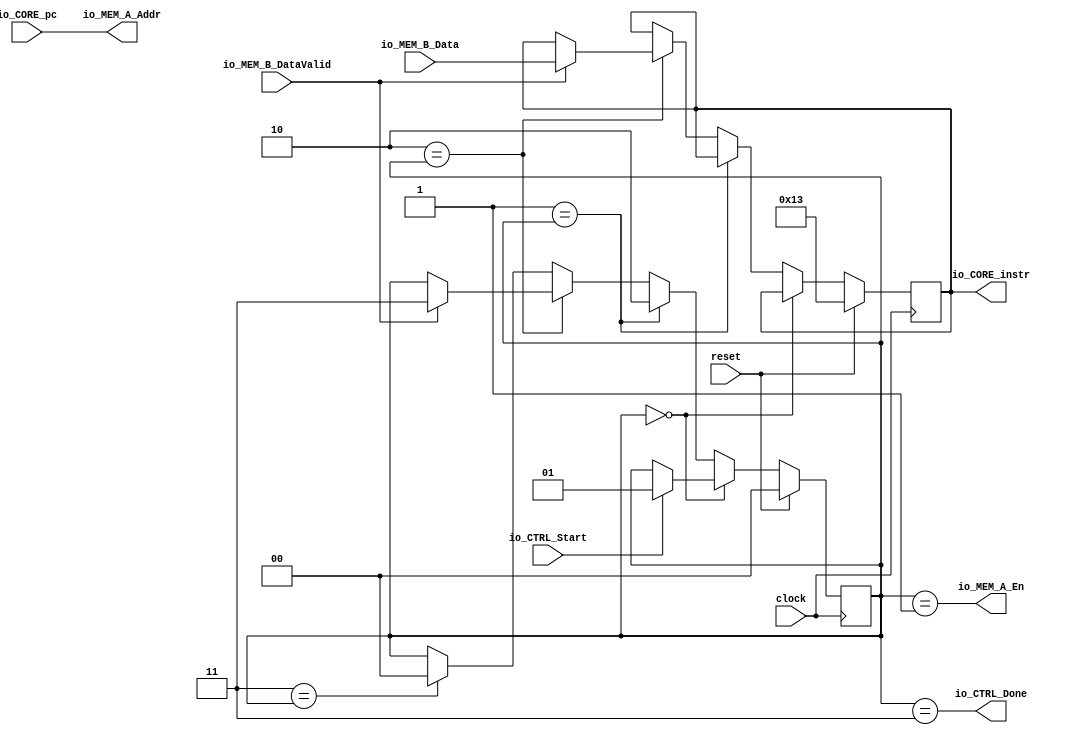
module IReadFSM(
  input         clock,
  input         reset,
  input  [31:0] io_CORE_pc,
  output [31:0] io_CORE_instr,
  output        io_MEM_A_En,
  output [31:0] io_MEM_A_Addr,
  input         io_MEM_B_DataValid,
  input  [31:0] io_MEM_B_Data,
  input         io_CTRL_Start,
  output        io_CTRL_Done
);
`ifdef RANDOMIZE_REG_INIT
  reg [31:0] _RAND_0;
  reg [31:0] _RAND_1;
`endif // RANDOMIZE_REG_INIT
  reg [1:0] stateReg; // @[mainCtrl.scala 61:25]
  reg [31:0] instrReg; // @[mainCtrl.scala 62:25]
  wire [1:0] _GEN_1 = io_MEM_B_DataValid ? 2'h3 : stateReg; // @[mainCtrl.scala 74:22 75:18 61:25]
  wire [31:0] _GEN_2 = io_MEM_B_DataValid ? io_MEM_B_Data : instrReg; // @[mainCtrl.scala 74:22 76:18 62:25]
  wire [1:0] _GEN_3 = 2'h3 == stateReg ? 2'h0 : stateReg; // @[mainCtrl.scala 64:19 80:16 61:25]
  assign io_CORE_instr = instrReg; // @[mainCtrl.scala 87:18]
  assign io_MEM_A_En = stateReg == 2'h1; // @[mainCtrl.scala 84:29]
  assign io_MEM_A_Addr = io_CORE_pc; // @[mainCtrl.scala 88:18]
  assign io_CTRL_Done = stateReg == 2'h3; // @[mainCtrl.scala 85:29]
  always @(posedge clock) begin
    if (reset) begin // @[mainCtrl.scala 61:25]
      stateReg <= 2'h0; // @[mainCtrl.scala 61:25]
    end else if (2'h0 == stateReg) begin // @[mainCtrl.scala 64:19]
      if (io_CTRL_Start) begin // @[mainCtrl.scala 66:18]
        stateReg <= 2'h1; // @[mainCtrl.scala 67:18]
      end
    end else if (2'h1 == stateReg) begin // @[mainCtrl.scala 64:19]
      stateReg <= 2'h2; // @[mainCtrl.scala 71:16]
    end else if (2'h2 == stateReg) begin // @[mainCtrl.scala 64:19]
      stateReg <= _GEN_1;
    end else begin
      stateReg <= _GEN_3;
    end
    if (reset) begin // @[mainCtrl.scala 62:25]
      instrReg <= 32'h13; // @[mainCtrl.scala 62:25]
    end else if (!(2'h0 == stateReg)) begin // @[mainCtrl.scala 64:19]
      if (!(2'h1 == stateReg)) begin // @[mainCtrl.scala 64:19]
        if (2'h2 == stateReg) begin // @[mainCtrl.scala 64:19]
          instrReg <= _GEN_2;
        end
      end
    end
  end
// Register and memory initialization
`ifdef RANDOMIZE_GARBAGE_ASSIGN
`define RANDOMIZE
`endif
`ifdef RANDOMIZE_INVALID_ASSIGN
`define RANDOMIZE
`endif
`ifdef RANDOMIZE_REG_INIT
`define RANDOMIZE
`endif
`ifdef RANDOMIZE_MEM_INIT
`define RANDOMIZE
`endif
`ifndef RANDOM
`define RANDOM $random
`endif
`ifdef RANDOMIZE_MEM_INIT
  integer initvar;
`endif
`ifndef SYNTHESIS
`ifdef FIRRTL_BEFORE_INITIAL
`FIRRTL_BEFORE_INITIAL
`endif
initial begin
  `ifdef RANDOMIZE
    `ifdef INIT_RANDOM
      `INIT_RANDOM
    `endif
    `ifndef VERILATOR
      `ifdef RANDOMIZE_DELAY
        #`RANDOMIZE_DELAY begin end
      `else
        #0.002 begin end
      `endif
    `endif
`ifdef RANDOMIZE_REG_INIT
  _RAND_0 = {1{`RANDOM}};
  stateReg = _RAND_0[1:0];
  _RAND_1 = {1{`RANDOM}};
  instrReg = _RAND_1[31:0];
`endif // RANDOMIZE_REG_INIT
  `endif // RANDOMIZE
end // initial
`ifdef FIRRTL_AFTER_INITIAL
`FIRRTL_AFTER_INITIAL
`endif
`endif // SYNTHESIS
endmodule
module DReadFSM(
  input         clock,
  input         reset,
  input  [31:0] io_CORE_Addr,
  input  [2:0]  io_CORE_Size,
  output [63:0] io_CORE_Data,
  output        io_MEM_En,
  output [31:0] io_MEM_Addr,
  output [1:0]  io_MEM_Size,
  input         io_MEM_DataValid,
  input  [63:0] io_MEM_Data,
  input         io_CTRL_Start,
  output        io_CTRL_Done
);
`ifdef RANDOMIZE_REG_INIT
  reg [31:0] _RAND_0;
  reg [63:0] _RAND_1;
`endif // RANDOMIZE_REG_INIT
  reg [1:0] stateReg; // @[mainCtrl.scala 140:25]
  reg [63:0] dataReg; // @[mainCtrl.scala 141:25]
  wire [1:0] _GEN_1 = io_MEM_DataValid ? 2'h3 : stateReg; // @[mainCtrl.scala 153:22 154:18 140:25]
  wire [63:0] _GEN_2 = io_MEM_DataValid ? io_MEM_Data : dataReg; // @[mainCtrl.scala 153:22 155:18 141:25]
  wire [1:0] _GEN_3 = 2'h3 == stateReg ? 2'h0 : stateReg; // @[mainCtrl.scala 143:19 159:16 140:25]
  wire [1:0] _GEN_10 = io_CORE_Size == 3'h3 | io_CORE_Size == 3'h6 ? 2'h2 : 2'h3; // @[mainCtrl.scala 176:54 177:17 180:17]
  wire [1:0] _GEN_11 = io_CORE_Size == 3'h2 | io_CORE_Size == 3'h5 ? 2'h1 : _GEN_10; // @[mainCtrl.scala 173:52 174:17]
  assign io_CORE_Data = dataReg; // @[mainCtrl.scala 166:16]
  assign io_MEM_En = stateReg == 2'h1; // @[mainCtrl.scala 163:29]
  assign io_MEM_Addr = io_CORE_Addr; // @[mainCtrl.scala 167:16]
  assign io_MEM_Size = io_CORE_Size == 3'h1 | io_CORE_Size == 3'h4 ? 2'h0 : _GEN_11; // @[mainCtrl.scala 170:47 171:17]
  assign io_CTRL_Done = stateReg == 2'h3; // @[mainCtrl.scala 164:29]
  always @(posedge clock) begin
    if (reset) begin // @[mainCtrl.scala 140:25]
      stateReg <= 2'h0; // @[mainCtrl.scala 140:25]
    end else if (2'h0 == stateReg) begin // @[mainCtrl.scala 143:19]
      if (io_CTRL_Start) begin // @[mainCtrl.scala 145:18]
        stateReg <= 2'h1; // @[mainCtrl.scala 146:18]
      end
    end else if (2'h1 == stateReg) begin // @[mainCtrl.scala 143:19]
      stateReg <= 2'h2; // @[mainCtrl.scala 150:16]
    end else if (2'h2 == stateReg) begin // @[mainCtrl.scala 143:19]
      stateReg <= _GEN_1;
    end else begin
      stateReg <= _GEN_3;
    end
    if (reset) begin // @[mainCtrl.scala 141:25]
      dataReg <= 64'h0; // @[mainCtrl.scala 141:25]
    end else if (!(2'h0 == stateReg)) begin // @[mainCtrl.scala 143:19]
      if (!(2'h1 == stateReg)) begin // @[mainCtrl.scala 143:19]
        if (2'h2 == stateReg) begin // @[mainCtrl.scala 143:19]
          dataReg <= _GEN_2;
        end
      end
    end
  end
// Register and memory initialization
`ifdef RANDOMIZE_GARBAGE_ASSIGN
`define RANDOMIZE
`endif
`ifdef RANDOMIZE_INVALID_ASSIGN
`define RANDOMIZE
`endif
`ifdef RANDOMIZE_REG_INIT
`define RANDOMIZE
`endif
`ifdef RANDOMIZE_MEM_INIT
`define RANDOMIZE
`endif
`ifndef RANDOM
`define RANDOM $random
`endif
`ifdef RANDOMIZE_MEM_INIT
  integer initvar;
`endif
`ifndef SYNTHESIS
`ifdef FIRRTL_BEFORE_INITIAL
`FIRRTL_BEFORE_INITIAL
`endif
initial begin
  `ifdef RANDOMIZE
    `ifdef INIT_RANDOM
      `INIT_RANDOM
    `endif
    `ifndef VERILATOR
      `ifdef RANDOMIZE_DELAY
        #`RANDOMIZE_DELAY begin end
      `else
        #0.002 begin end
      `endif
    `endif
`ifdef RANDOMIZE_REG_INIT
  _RAND_0 = {1{`RANDOM}};
  stateReg = _RAND_0[1:0];
  _RAND_1 = {2{`RANDOM}};
  dataReg = _RAND_1[63:0];
`endif // RANDOMIZE_REG_INIT
  `endif // RANDOMIZE
end // initial
`ifdef FIRRTL_AFTER_INITIAL
`FIRRTL_AFTER_INITIAL
`endif
`endif // SYNTHESIS
endmodule
module DWriteFSM(
  input         clock,
  input         reset,
  input  [31:0] io_CORE_Addr,
  input  [2:0]  io_CORE_Size,
  input  [63:0] io_CORE_Data,
  output        io_MEM_En,
  output [31:0] io_MEM_Addr,
  output [1:0]  io_MEM_Size,
  output [63:0] io_MEM_Data,
  input         io_MEM_Done,
  input         io_CTRL_Start,
  output        io_CTRL_Done
);
`ifdef RANDOMIZE_REG_INIT
  reg [31:0] _RAND_0;
`endif // RANDOMIZE_REG_INIT
  reg [1:0] stateReg; // @[mainCtrl.scala 236:25]
  wire [1:0] _GEN_1 = io_MEM_Done ? 2'h3 : stateReg; // @[mainCtrl.scala 248:17 249:18 236:25]
  wire [1:0] _GEN_2 = 2'h3 == stateReg ? 2'h0 : stateReg; // @[mainCtrl.scala 238:19 253:16 236:25]
  wire [2:0] _GEN_6 = io_CORE_Size == 3'h3 ? 3'h3 : 3'h4; // @[mainCtrl.scala 270:31 271:17 274:17]
  wire [2:0] _GEN_7 = io_CORE_Size == 3'h2 ? 3'h1 : _GEN_6; // @[mainCtrl.scala 267:30 268:17]
  wire [2:0] _GEN_8 = io_CORE_Size == 3'h1 ? 3'h0 : _GEN_7; // @[mainCtrl.scala 264:25 265:17]
  assign io_MEM_En = stateReg == 2'h1; // @[mainCtrl.scala 257:29]
  assign io_MEM_Addr = io_CORE_Addr; // @[mainCtrl.scala 259:16]
  assign io_MEM_Size = _GEN_8[1:0];
  assign io_MEM_Data = io_CORE_Data; // @[mainCtrl.scala 260:16]
  assign io_CTRL_Done = stateReg == 2'h3; // @[mainCtrl.scala 258:29]
  always @(posedge clock) begin
    if (reset) begin // @[mainCtrl.scala 236:25]
      stateReg <= 2'h0; // @[mainCtrl.scala 236:25]
    end else if (2'h0 == stateReg) begin // @[mainCtrl.scala 238:19]
      if (io_CTRL_Start) begin // @[mainCtrl.scala 240:18]
        stateReg <= 2'h1; // @[mainCtrl.scala 241:18]
      end
    end else if (2'h1 == stateReg) begin // @[mainCtrl.scala 238:19]
      stateReg <= 2'h2; // @[mainCtrl.scala 245:16]
    end else if (2'h2 == stateReg) begin // @[mainCtrl.scala 238:19]
      stateReg <= _GEN_1;
    end else begin
      stateReg <= _GEN_2;
    end
  end
// Register and memory initialization
`ifdef RANDOMIZE_GARBAGE_ASSIGN
`define RANDOMIZE
`endif
`ifdef RANDOMIZE_INVALID_ASSIGN
`define RANDOMIZE
`endif
`ifdef RANDOMIZE_REG_INIT
`define RANDOMIZE
`endif
`ifdef RANDOMIZE_MEM_INIT
`define RANDOMIZE
`endif
`ifndef RANDOM
`define RANDOM $random
`endif
`ifdef RANDOMIZE_MEM_INIT
  integer initvar;
`endif
`ifndef SYNTHESIS
`ifdef FIRRTL_BEFORE_INITIAL
`FIRRTL_BEFORE_INITIAL
`endif
initial begin
  `ifdef RANDOMIZE
    `ifdef INIT_RANDOM
      `INIT_RANDOM
    `endif
    `ifndef VERILATOR
      `ifdef RANDOMIZE_DELAY
        #`RANDOMIZE_DELAY begin end
      `else
        #0.002 begin end
      `endif
    `endif
`ifdef RANDOMIZE_REG_INIT
  _RAND_0 = {1{`RANDOM}};
  stateReg = _RAND_0[1:0];
`endif // RANDOMIZE_REG_INIT
  `endif // RANDOMIZE
end // initial
`ifdef FIRRTL_AFTER_INITIAL
`FIRRTL_AFTER_INITIAL
`endif
`endif // SYNTHESIS
endmodule
module HazardCheck(
  input        io_IDStage_Rs1En,
  input        io_IDStage_Rs2En,
  input  [4:0] io_IDStage_Rs1,
  input  [4:0] io_IDStage_Rs2,
  input        io_IDStage_jumpEn,
  input        io_EXStage_En,
  input  [4:0] io_EXStage_Rd,
  input        io_MEMStage_En,
  input  [4:0] io_MEMStage_Rd,
  input  [1:0] io_MEMStage_Src,
  output       io_CTRL_HazardEn_EXID,
  output       io_CTRL_HazardEn_MEMID,
  output       io_CTRL_HazardEn_JUMP
);
  wire  _T_5 = io_IDStage_Rs2En & io_IDStage_Rs2 == io_EXStage_Rd; // @[mainCtrl.scala 337:32]
  wire  _GEN_1 = io_IDStage_Rs1En & io_IDStage_Rs1 == io_EXStage_Rd | _T_5; // @[mainCtrl.scala 334:63 335:21]
  wire  _T_13 = io_MEMStage_En & io_IDStage_Rs2 == io_MEMStage_Rd; // @[mainCtrl.scala 348:30]
  wire  _GEN_4 = io_IDStage_Rs1En & io_IDStage_Rs1 == io_MEMStage_Rd | _T_13; // @[mainCtrl.scala 345:64 346:22]
  assign io_CTRL_HazardEn_EXID = io_EXStage_En & io_EXStage_Rd != 5'h0 & _GEN_1; // @[mainCtrl.scala 333:47]
  assign io_CTRL_HazardEn_MEMID = io_MEMStage_En & io_MEMStage_Rd != 5'h0 & io_MEMStage_Src == 2'h2 & _GEN_4; // @[mainCtrl.scala 344:79]
  assign io_CTRL_HazardEn_JUMP = io_IDStage_jumpEn; // @[mainCtrl.scala 358:26]
endmodule
module MainCtrlFSM(
  input   clock,
  input   reset,
  input   io_CORE_A_REn,
  input   io_CORE_A_WEn,
  output  io_CORE_B_HoldPC,
  output  io_CORE_B_HoldIFID,
  output  io_CORE_B_HoldIDEX,
  output  io_CORE_B_HoldEXMEM,
  output  io_CORE_B_HoldMEMWB,
  output  io_CORE_B_FlushIFID,
  output  io_CORE_B_FLUSHIDEX,
  output  io_IREAD_Start,
  input   io_IREAD_Done,
  output  io_DREAD_Start,
  input   io_DREAD_Done,
  output  io_DWRITE_Start,
  input   io_DWRITE_Done,
  input   io_HazardCheck_HazardEn_EXID,
  input   io_HazardCheck_HazardEn_MEMID,
  input   io_HazardCheck_HazardEn_JUMP
);
`ifdef RANDOMIZE_REG_INIT
  reg [31:0] _RAND_0;
`endif // RANDOMIZE_REG_INIT
  reg [3:0] stateReg; // @[mainCtrl.scala 403:25]
  wire [3:0] _GEN_0 = io_CORE_A_WEn ? 4'h5 : 4'h7; // @[mainCtrl.scala 411:{34,45} 412:45]
  wire [3:0] _GEN_1 = io_CORE_A_REn ? 4'h3 : _GEN_0; // @[mainCtrl.scala 410:{34,45}]
  wire [3:0] _GEN_2 = io_IREAD_Done ? _GEN_1 : stateReg; // @[mainCtrl.scala 403:25 409:26]
  wire [3:0] _GEN_3 = io_DREAD_Done ? 4'h7 : stateReg; // @[mainCtrl.scala 403:25 418:{26,37}]
  wire [3:0] _GEN_4 = io_DWRITE_Done ? 4'h7 : stateReg; // @[mainCtrl.scala 403:25 423:{27,37}]
  wire [3:0] _GEN_5 = io_HazardCheck_HazardEn_JUMP ? 4'ha : 4'hb; // @[mainCtrl.scala 429:{48,59} 430:59]
  wire [3:0] _GEN_6 = io_HazardCheck_HazardEn_MEMID ? 4'h9 : _GEN_5; // @[mainCtrl.scala 428:{48,59}]
  wire [3:0] _GEN_7 = io_HazardCheck_HazardEn_EXID ? 4'h8 : _GEN_6; // @[mainCtrl.scala 427:{48,59}]
  wire [3:0] _GEN_8 = 4'hb == stateReg ? 4'h1 : stateReg; // @[mainCtrl.scala 404:19 403:25 435:34]
  wire [3:0] _GEN_9 = 4'ha == stateReg ? 4'h1 : _GEN_8; // @[mainCtrl.scala 404:19 434:34]
  wire [3:0] _GEN_10 = 4'h9 == stateReg ? 4'h1 : _GEN_9; // @[mainCtrl.scala 404:19 433:34]
  wire [3:0] _GEN_11 = 4'h8 == stateReg ? 4'h1 : _GEN_10; // @[mainCtrl.scala 404:19 432:34]
  wire [3:0] _GEN_12 = 4'h7 == stateReg ? _GEN_7 : _GEN_11; // @[mainCtrl.scala 404:19]
  wire [3:0] _GEN_13 = 4'h6 == stateReg ? _GEN_4 : _GEN_12; // @[mainCtrl.scala 404:19]
  wire [3:0] _GEN_14 = 4'h5 == stateReg ? 4'h6 : _GEN_13; // @[mainCtrl.scala 404:19 421:28]
  wire [3:0] _GEN_15 = 4'h4 == stateReg ? _GEN_3 : _GEN_14; // @[mainCtrl.scala 404:19]
  wire [3:0] _GEN_16 = 4'h3 == stateReg ? 4'h4 : _GEN_15; // @[mainCtrl.scala 404:19 416:28]
  wire  _T_13 = stateReg == 4'h9; // @[mainCtrl.scala 457:22]
  wire  _T_14 = stateReg == 4'ha; // @[mainCtrl.scala 463:22]
  wire  _GEN_20 = stateReg == 4'hb ? 1'h0 : 1'h1; // @[mainCtrl.scala 471:39 472:15]
  wire  _GEN_21 = stateReg == 4'ha ? 1'h0 : _GEN_20; // @[mainCtrl.scala 463:39 464:15]
  wire  _GEN_23 = stateReg == 4'h9 ? 1'h0 : _GEN_21; // @[mainCtrl.scala 457:40 458:15]
  wire  _GEN_25 = stateReg == 4'h9 | _GEN_21; // @[mainCtrl.scala 457:40]
  wire  _GEN_26 = stateReg == 4'h9 ? 1'h0 : _T_14; // @[mainCtrl.scala 457:40]
  assign io_CORE_B_HoldPC = stateReg == 4'h8 | _GEN_25; // @[mainCtrl.scala 451:34]
  assign io_CORE_B_HoldIFID = stateReg == 4'h8 | _GEN_25; // @[mainCtrl.scala 451:34]
  assign io_CORE_B_HoldIDEX = stateReg == 4'h8 ? 1'h0 : _GEN_23; // @[mainCtrl.scala 451:34 452:15]
  assign io_CORE_B_HoldEXMEM = stateReg == 4'h8 ? 1'h0 : _GEN_23; // @[mainCtrl.scala 451:34 452:15]
  assign io_CORE_B_HoldMEMWB = stateReg == 4'h8 ? 1'h0 : _GEN_23; // @[mainCtrl.scala 451:34 452:15]
  assign io_CORE_B_FlushIFID = stateReg == 4'h8 ? 1'h0 : _GEN_26; // @[mainCtrl.scala 451:34]
  assign io_CORE_B_FLUSHIDEX = stateReg == 4'h8 | _T_13; // @[mainCtrl.scala 451:34 455:15]
  assign io_IREAD_Start = stateReg == 4'h1; // @[mainCtrl.scala 439:32]
  assign io_DREAD_Start = stateReg == 4'h3; // @[mainCtrl.scala 440:32]
  assign io_DWRITE_Start = stateReg == 4'h5; // @[mainCtrl.scala 441:32]
  always @(posedge clock) begin
    if (reset) begin // @[mainCtrl.scala 403:25]
      stateReg <= 4'h0; // @[mainCtrl.scala 403:25]
    end else if (4'h0 == stateReg) begin // @[mainCtrl.scala 404:19]
      stateReg <= 4'h1; // @[mainCtrl.scala 405:28]
    end else if (4'h1 == stateReg) begin // @[mainCtrl.scala 404:19]
      stateReg <= 4'h2; // @[mainCtrl.scala 407:28]
    end else if (4'h2 == stateReg) begin // @[mainCtrl.scala 404:19]
      stateReg <= _GEN_2;
    end else begin
      stateReg <= _GEN_16;
    end
  end
// Register and memory initialization
`ifdef RANDOMIZE_GARBAGE_ASSIGN
`define RANDOMIZE
`endif
`ifdef RANDOMIZE_INVALID_ASSIGN
`define RANDOMIZE
`endif
`ifdef RANDOMIZE_REG_INIT
`define RANDOMIZE
`endif
`ifdef RANDOMIZE_MEM_INIT
`define RANDOMIZE
`endif
`ifndef RANDOM
`define RANDOM $random
`endif
`ifdef RANDOMIZE_MEM_INIT
  integer initvar;
`endif
`ifndef SYNTHESIS
`ifdef FIRRTL_BEFORE_INITIAL
`FIRRTL_BEFORE_INITIAL
`endif
initial begin
  `ifdef RANDOMIZE
    `ifdef INIT_RANDOM
      `INIT_RANDOM
    `endif
    `ifndef VERILATOR
      `ifdef RANDOMIZE_DELAY
        #`RANDOMIZE_DELAY begin end
      `else
        #0.002 begin end
      `endif
    `endif
`ifdef RANDOMIZE_REG_INIT
  _RAND_0 = {1{`RANDOM}};
  stateReg = _RAND_0[3:0];
`endif // RANDOMIZE_REG_INIT
  `endif // RANDOMIZE
end // initial
`ifdef FIRRTL_AFTER_INITIAL
`FIRRTL_AFTER_INITIAL
`endif
`endif // SYNTHESIS
endmodule
module CoreCtrl(
  input         clock,
  input         reset,
  input  [31:0] io_CORE_A_IREAD_pc,
  output [31:0] io_CORE_A_IREAD_instr,
  input  [31:0] io_CORE_A_DREAD_Addr,
  input  [2:0]  io_CORE_A_DREAD_Size,
  output [63:0] io_CORE_A_DREAD_Data,
  input  [31:0] io_CORE_A_DWRITE_Addr,
  input  [2:0]  io_CORE_A_DWRITE_Size,
  input  [63:0] io_CORE_A_DWRITE_Data,
  input         io_CORE_A_WRCTRL_REn,
  input         io_CORE_A_WRCTRL_WEn,
  input         io_CORE_B_IDStage_Rs1En,
  input         io_CORE_B_IDStage_Rs2En,
  input  [4:0]  io_CORE_B_IDStage_Rs1,
  input  [4:0]  io_CORE_B_IDStage_Rs2,
  input         io_CORE_B_IDStage_jumpEn,
  input         io_CORE_B_EXStage_En,
  input  [4:0]  io_CORE_B_EXStage_Rd,
  input         io_CORE_B_MEMStage_En,
  input  [4:0]  io_CORE_B_MEMStage_Rd,
  input  [1:0]  io_CORE_B_MEMStage_Src,
  output        io_CORE_B_CORECTRL_HoldPC,
  output        io_CORE_B_CORECTRL_HoldIFID,
  output        io_CORE_B_CORECTRL_HoldIDEX,
  output        io_CORE_B_CORECTRL_HoldEXMEM,
  output        io_CORE_B_CORECTRL_HoldMEMWB,
  output        io_CORE_B_CORECTRL_FlushIFID,
  output        io_CORE_B_CORECTRL_FLUSHIDEX,
  output        io_MEM_IREAD_A_En,
  output [31:0] io_MEM_IREAD_A_Addr,
  output [1:0]  io_MEM_IREAD_A_Size,
  input         io_MEM_IREAD_B_DataValid,
  input  [31:0] io_MEM_IREAD_B_Data,
  output        io_MEM_DREAD_En,
  output [31:0] io_MEM_DREAD_Addr,
  output [1:0]  io_MEM_DREAD_Size,
  input         io_MEM_DREAD_DataValid,
  input  [63:0] io_MEM_DREAD_Data,
  output        io_MEM_DWRITE_En,
  output [31:0] io_MEM_DWRITE_Addr,
  output [1:0]  io_MEM_DWRITE_Size,
  output [63:0] io_MEM_DWRITE_Data,
  input         io_MEM_DWRITE_Done
);
  wire  IREAD_clock; // @[mainCtrl.scala 536:24]
  wire  IREAD_reset; // @[mainCtrl.scala 536:24]
  wire [31:0] IREAD_io_CORE_pc; // @[mainCtrl.scala 536:24]
  wire [31:0] IREAD_io_CORE_instr; // @[mainCtrl.scala 536:24]
  wire  IREAD_io_MEM_A_En; // @[mainCtrl.scala 536:24]
  wire [31:0] IREAD_io_MEM_A_Addr; // @[mainCtrl.scala 536:24]
  wire  IREAD_io_MEM_B_DataValid; // @[mainCtrl.scala 536:24]
  wire [31:0] IREAD_io_MEM_B_Data; // @[mainCtrl.scala 536:24]
  wire  IREAD_io_CTRL_Start; // @[mainCtrl.scala 536:24]
  wire  IREAD_io_CTRL_Done; // @[mainCtrl.scala 536:24]
  wire  DREAD_clock; // @[mainCtrl.scala 537:24]
  wire  DREAD_reset; // @[mainCtrl.scala 537:24]
  wire [31:0] DREAD_io_CORE_Addr; // @[mainCtrl.scala 537:24]
  wire [2:0] DREAD_io_CORE_Size; // @[mainCtrl.scala 537:24]
  wire [63:0] DREAD_io_CORE_Data; // @[mainCtrl.scala 537:24]
  wire  DREAD_io_MEM_En; // @[mainCtrl.scala 537:24]
  wire [31:0] DREAD_io_MEM_Addr; // @[mainCtrl.scala 537:24]
  wire [1:0] DREAD_io_MEM_Size; // @[mainCtrl.scala 537:24]
  wire  DREAD_io_MEM_DataValid; // @[mainCtrl.scala 537:24]
  wire [63:0] DREAD_io_MEM_Data; // @[mainCtrl.scala 537:24]
  wire  DREAD_io_CTRL_Start; // @[mainCtrl.scala 537:24]
  wire  DREAD_io_CTRL_Done; // @[mainCtrl.scala 537:24]
  wire  DWRITE_clock; // @[mainCtrl.scala 538:24]
  wire  DWRITE_reset; // @[mainCtrl.scala 538:24]
  wire [31:0] DWRITE_io_CORE_Addr; // @[mainCtrl.scala 538:24]
  wire [2:0] DWRITE_io_CORE_Size; // @[mainCtrl.scala 538:24]
  wire [63:0] DWRITE_io_CORE_Data; // @[mainCtrl.scala 538:24]
  wire  DWRITE_io_MEM_En; // @[mainCtrl.scala 538:24]
  wire [31:0] DWRITE_io_MEM_Addr; // @[mainCtrl.scala 538:24]
  wire [1:0] DWRITE_io_MEM_Size; // @[mainCtrl.scala 538:24]
  wire [63:0] DWRITE_io_MEM_Data; // @[mainCtrl.scala 538:24]
  wire  DWRITE_io_MEM_Done; // @[mainCtrl.scala 538:24]
  wire  DWRITE_io_CTRL_Start; // @[mainCtrl.scala 538:24]
  wire  DWRITE_io_CTRL_Done; // @[mainCtrl.scala 538:24]
  wire  HAZARD_io_IDStage_Rs1En; // @[mainCtrl.scala 539:24]
  wire  HAZARD_io_IDStage_Rs2En; // @[mainCtrl.scala 539:24]
  wire [4:0] HAZARD_io_IDStage_Rs1; // @[mainCtrl.scala 539:24]
  wire [4:0] HAZARD_io_IDStage_Rs2; // @[mainCtrl.scala 539:24]
  wire  HAZARD_io_IDStage_jumpEn; // @[mainCtrl.scala 539:24]
  wire  HAZARD_io_EXStage_En; // @[mainCtrl.scala 539:24]
  wire [4:0] HAZARD_io_EXStage_Rd; // @[mainCtrl.scala 539:24]
  wire  HAZARD_io_MEMStage_En; // @[mainCtrl.scala 539:24]
  wire [4:0] HAZARD_io_MEMStage_Rd; // @[mainCtrl.scala 539:24]
  wire [1:0] HAZARD_io_MEMStage_Src; // @[mainCtrl.scala 539:24]
  wire  HAZARD_io_CTRL_HazardEn_EXID; // @[mainCtrl.scala 539:24]
  wire  HAZARD_io_CTRL_HazardEn_MEMID; // @[mainCtrl.scala 539:24]
  wire  HAZARD_io_CTRL_HazardEn_JUMP; // @[mainCtrl.scala 539:24]
  wire  MAINCTRL_clock; // @[mainCtrl.scala 540:24]
  wire  MAINCTRL_reset; // @[mainCtrl.scala 540:24]
  wire  MAINCTRL_io_CORE_A_REn; // @[mainCtrl.scala 540:24]
  wire  MAINCTRL_io_CORE_A_WEn; // @[mainCtrl.scala 540:24]
  wire  MAINCTRL_io_CORE_B_HoldPC; // @[mainCtrl.scala 540:24]
  wire  MAINCTRL_io_CORE_B_HoldIFID; // @[mainCtrl.scala 540:24]
  wire  MAINCTRL_io_CORE_B_HoldIDEX; // @[mainCtrl.scala 540:24]
  wire  MAINCTRL_io_CORE_B_HoldEXMEM; // @[mainCtrl.scala 540:24]
  wire  MAINCTRL_io_CORE_B_HoldMEMWB; // @[mainCtrl.scala 540:24]
  wire  MAINCTRL_io_CORE_B_FlushIFID; // @[mainCtrl.scala 540:24]
  wire  MAINCTRL_io_CORE_B_FLUSHIDEX; // @[mainCtrl.scala 540:24]
  wire  MAINCTRL_io_IREAD_Start; // @[mainCtrl.scala 540:24]
  wire  MAINCTRL_io_IREAD_Done; // @[mainCtrl.scala 540:24]
  wire  MAINCTRL_io_DREAD_Start; // @[mainCtrl.scala 540:24]
  wire  MAINCTRL_io_DREAD_Done; // @[mainCtrl.scala 540:24]
  wire  MAINCTRL_io_DWRITE_Start; // @[mainCtrl.scala 540:24]
  wire  MAINCTRL_io_DWRITE_Done; // @[mainCtrl.scala 540:24]
  wire  MAINCTRL_io_HazardCheck_HazardEn_EXID; // @[mainCtrl.scala 540:24]
  wire  MAINCTRL_io_HazardCheck_HazardEn_MEMID; // @[mainCtrl.scala 540:24]
  wire  MAINCTRL_io_HazardCheck_HazardEn_JUMP; // @[mainCtrl.scala 540:24]
  IReadFSM IREAD ( // @[mainCtrl.scala 536:24]
    .clock(IREAD_clock),
    .reset(IREAD_reset),
    .io_CORE_pc(IREAD_io_CORE_pc),
    .io_CORE_instr(IREAD_io_CORE_instr),
    .io_MEM_A_En(IREAD_io_MEM_A_En),
    .io_MEM_A_Addr(IREAD_io_MEM_A_Addr),
    .io_MEM_B_DataValid(IREAD_io_MEM_B_DataValid),
    .io_MEM_B_Data(IREAD_io_MEM_B_Data),
    .io_CTRL_Start(IREAD_io_CTRL_Start),
    .io_CTRL_Done(IREAD_io_CTRL_Done)
  );
  DReadFSM DREAD ( // @[mainCtrl.scala 537:24]
    .clock(DREAD_clock),
    .reset(DREAD_reset),
    .io_CORE_Addr(DREAD_io_CORE_Addr),
    .io_CORE_Size(DREAD_io_CORE_Size),
    .io_CORE_Data(DREAD_io_CORE_Data),
    .io_MEM_En(DREAD_io_MEM_En),
    .io_MEM_Addr(DREAD_io_MEM_Addr),
    .io_MEM_Size(DREAD_io_MEM_Size),
    .io_MEM_DataValid(DREAD_io_MEM_DataValid),
    .io_MEM_Data(DREAD_io_MEM_Data),
    .io_CTRL_Start(DREAD_io_CTRL_Start),
    .io_CTRL_Done(DREAD_io_CTRL_Done)
  );
  DWriteFSM DWRITE ( // @[mainCtrl.scala 538:24]
    .clock(DWRITE_clock),
    .reset(DWRITE_reset),
    .io_CORE_Addr(DWRITE_io_CORE_Addr),
    .io_CORE_Size(DWRITE_io_CORE_Size),
    .io_CORE_Data(DWRITE_io_CORE_Data),
    .io_MEM_En(DWRITE_io_MEM_En),
    .io_MEM_Addr(DWRITE_io_MEM_Addr),
    .io_MEM_Size(DWRITE_io_MEM_Size),
    .io_MEM_Data(DWRITE_io_MEM_Data),
    .io_MEM_Done(DWRITE_io_MEM_Done),
    .io_CTRL_Start(DWRITE_io_CTRL_Start),
    .io_CTRL_Done(DWRITE_io_CTRL_Done)
  );
  HazardCheck HAZARD ( // @[mainCtrl.scala 539:24]
    .io_IDStage_Rs1En(HAZARD_io_IDStage_Rs1En),
    .io_IDStage_Rs2En(HAZARD_io_IDStage_Rs2En),
    .io_IDStage_Rs1(HAZARD_io_IDStage_Rs1),
    .io_IDStage_Rs2(HAZARD_io_IDStage_Rs2),
    .io_IDStage_jumpEn(HAZARD_io_IDStage_jumpEn),
    .io_EXStage_En(HAZARD_io_EXStage_En),
    .io_EXStage_Rd(HAZARD_io_EXStage_Rd),
    .io_MEMStage_En(HAZARD_io_MEMStage_En),
    .io_MEMStage_Rd(HAZARD_io_MEMStage_Rd),
    .io_MEMStage_Src(HAZARD_io_MEMStage_Src),
    .io_CTRL_HazardEn_EXID(HAZARD_io_CTRL_HazardEn_EXID),
    .io_CTRL_HazardEn_MEMID(HAZARD_io_CTRL_HazardEn_MEMID),
    .io_CTRL_HazardEn_JUMP(HAZARD_io_CTRL_HazardEn_JUMP)
  );
  MainCtrlFSM MAINCTRL ( // @[mainCtrl.scala 540:24]
    .clock(MAINCTRL_clock),
    .reset(MAINCTRL_reset),
    .io_CORE_A_REn(MAINCTRL_io_CORE_A_REn),
    .io_CORE_A_WEn(MAINCTRL_io_CORE_A_WEn),
    .io_CORE_B_HoldPC(MAINCTRL_io_CORE_B_HoldPC),
    .io_CORE_B_HoldIFID(MAINCTRL_io_CORE_B_HoldIFID),
    .io_CORE_B_HoldIDEX(MAINCTRL_io_CORE_B_HoldIDEX),
    .io_CORE_B_HoldEXMEM(MAINCTRL_io_CORE_B_HoldEXMEM),
    .io_CORE_B_HoldMEMWB(MAINCTRL_io_CORE_B_HoldMEMWB),
    .io_CORE_B_FlushIFID(MAINCTRL_io_CORE_B_FlushIFID),
    .io_CORE_B_FLUSHIDEX(MAINCTRL_io_CORE_B_FLUSHIDEX),
    .io_IREAD_Start(MAINCTRL_io_IREAD_Start),
    .io_IREAD_Done(MAINCTRL_io_IREAD_Done),
    .io_DREAD_Start(MAINCTRL_io_DREAD_Start),
    .io_DREAD_Done(MAINCTRL_io_DREAD_Done),
    .io_DWRITE_Start(MAINCTRL_io_DWRITE_Start),
    .io_DWRITE_Done(MAINCTRL_io_DWRITE_Done),
    .io_HazardCheck_HazardEn_EXID(MAINCTRL_io_HazardCheck_HazardEn_EXID),
    .io_HazardCheck_HazardEn_MEMID(MAINCTRL_io_HazardCheck_HazardEn_MEMID),
    .io_HazardCheck_HazardEn_JUMP(MAINCTRL_io_HazardCheck_HazardEn_JUMP)
  );
  assign io_CORE_A_IREAD_instr = IREAD_io_CORE_instr; // @[mainCtrl.scala 543:18]
  assign io_CORE_A_DREAD_Data = DREAD_io_CORE_Data; // @[mainCtrl.scala 548:17]
  assign io_CORE_B_CORECTRL_HoldPC = MAINCTRL_io_CORE_B_HoldPC; // @[mainCtrl.scala 562:22]
  assign io_CORE_B_CORECTRL_HoldIFID = MAINCTRL_io_CORE_B_HoldIFID; // @[mainCtrl.scala 562:22]
  assign io_CORE_B_CORECTRL_HoldIDEX = MAINCTRL_io_CORE_B_HoldIDEX; // @[mainCtrl.scala 562:22]
  assign io_CORE_B_CORECTRL_HoldEXMEM = MAINCTRL_io_CORE_B_HoldEXMEM; // @[mainCtrl.scala 562:22]
  assign io_CORE_B_CORECTRL_HoldMEMWB = MAINCTRL_io_CORE_B_HoldMEMWB; // @[mainCtrl.scala 562:22]
  assign io_CORE_B_CORECTRL_FlushIFID = MAINCTRL_io_CORE_B_FlushIFID; // @[mainCtrl.scala 562:22]
  assign io_CORE_B_CORECTRL_FLUSHIDEX = MAINCTRL_io_CORE_B_FLUSHIDEX; // @[mainCtrl.scala 562:22]
  assign io_MEM_IREAD_A_En = IREAD_io_MEM_A_En; // @[mainCtrl.scala 544:18]
  assign io_MEM_IREAD_A_Addr = IREAD_io_MEM_A_Addr; // @[mainCtrl.scala 544:18]
  assign io_MEM_IREAD_A_Size = 2'h2; // @[mainCtrl.scala 544:18]
  assign io_MEM_DREAD_En = DREAD_io_MEM_En; // @[mainCtrl.scala 549:17]
  assign io_MEM_DREAD_Addr = DREAD_io_MEM_Addr; // @[mainCtrl.scala 549:17]
  assign io_MEM_DREAD_Size = DREAD_io_MEM_Size; // @[mainCtrl.scala 549:17]
  assign io_MEM_DWRITE_En = DWRITE_io_MEM_En; // @[mainCtrl.scala 553:18]
  assign io_MEM_DWRITE_Addr = DWRITE_io_MEM_Addr; // @[mainCtrl.scala 553:18]
  assign io_MEM_DWRITE_Size = DWRITE_io_MEM_Size; // @[mainCtrl.scala 553:18]
  assign io_MEM_DWRITE_Data = DWRITE_io_MEM_Data; // @[mainCtrl.scala 553:18]
  assign IREAD_clock = clock;
  assign IREAD_reset = reset;
  assign IREAD_io_CORE_pc = io_CORE_A_IREAD_pc; // @[mainCtrl.scala 543:18]
  assign IREAD_io_MEM_B_DataValid = io_MEM_IREAD_B_DataValid; // @[mainCtrl.scala 545:18]
  assign IREAD_io_MEM_B_Data = io_MEM_IREAD_B_Data; // @[mainCtrl.scala 545:18]
  assign IREAD_io_CTRL_Start = MAINCTRL_io_IREAD_Start; // @[mainCtrl.scala 546:18]
  assign DREAD_clock = clock;
  assign DREAD_reset = reset;
  assign DREAD_io_CORE_Addr = io_CORE_A_DREAD_Addr; // @[mainCtrl.scala 548:17]
  assign DREAD_io_CORE_Size = io_CORE_A_DREAD_Size; // @[mainCtrl.scala 548:17]
  assign DREAD_io_MEM_DataValid = io_MEM_DREAD_DataValid; // @[mainCtrl.scala 549:17]
  assign DREAD_io_MEM_Data = io_MEM_DREAD_Data; // @[mainCtrl.scala 549:17]
  assign DREAD_io_CTRL_Start = MAINCTRL_io_DREAD_Start; // @[mainCtrl.scala 550:17]
  assign DWRITE_clock = clock;
  assign DWRITE_reset = reset;
  assign DWRITE_io_CORE_Addr = io_CORE_A_DWRITE_Addr; // @[mainCtrl.scala 552:18]
  assign DWRITE_io_CORE_Size = io_CORE_A_DWRITE_Size; // @[mainCtrl.scala 552:18]
  assign DWRITE_io_CORE_Data = io_CORE_A_DWRITE_Data; // @[mainCtrl.scala 552:18]
  assign DWRITE_io_MEM_Done = io_MEM_DWRITE_Done; // @[mainCtrl.scala 553:18]
  assign DWRITE_io_CTRL_Start = MAINCTRL_io_DWRITE_Start; // @[mainCtrl.scala 554:18]
  assign HAZARD_io_IDStage_Rs1En = io_CORE_B_IDStage_Rs1En; // @[mainCtrl.scala 556:22]
  assign HAZARD_io_IDStage_Rs2En = io_CORE_B_IDStage_Rs2En; // @[mainCtrl.scala 556:22]
  assign HAZARD_io_IDStage_Rs1 = io_CORE_B_IDStage_Rs1; // @[mainCtrl.scala 556:22]
  assign HAZARD_io_IDStage_Rs2 = io_CORE_B_IDStage_Rs2; // @[mainCtrl.scala 556:22]
  assign HAZARD_io_IDStage_jumpEn = io_CORE_B_IDStage_jumpEn; // @[mainCtrl.scala 556:22]
  assign HAZARD_io_EXStage_En = io_CORE_B_EXStage_En; // @[mainCtrl.scala 557:22]
  assign HAZARD_io_EXStage_Rd = io_CORE_B_EXStage_Rd; // @[mainCtrl.scala 557:22]
  assign HAZARD_io_MEMStage_En = io_CORE_B_MEMStage_En; // @[mainCtrl.scala 558:22]
  assign HAZARD_io_MEMStage_Rd = io_CORE_B_MEMStage_Rd; // @[mainCtrl.scala 558:22]
  assign HAZARD_io_MEMStage_Src = io_CORE_B_MEMStage_Src; // @[mainCtrl.scala 558:22]
  assign MAINCTRL_clock = clock;
  assign MAINCTRL_reset = reset;
  assign MAINCTRL_io_CORE_A_REn = io_CORE_A_WRCTRL_REn; // @[mainCtrl.scala 561:22]
  assign MAINCTRL_io_CORE_A_WEn = io_CORE_A_WRCTRL_WEn; // @[mainCtrl.scala 561:22]
  assign MAINCTRL_io_IREAD_Done = IREAD_io_CTRL_Done; // @[mainCtrl.scala 546:18]
  assign MAINCTRL_io_DREAD_Done = DREAD_io_CTRL_Done; // @[mainCtrl.scala 550:17]
  assign MAINCTRL_io_DWRITE_Done = DWRITE_io_CTRL_Done; // @[mainCtrl.scala 554:18]
  assign MAINCTRL_io_HazardCheck_HazardEn_EXID = HAZARD_io_CTRL_HazardEn_EXID; // @[mainCtrl.scala 559:22]
  assign MAINCTRL_io_HazardCheck_HazardEn_MEMID = HAZARD_io_CTRL_HazardEn_MEMID; // @[mainCtrl.scala 559:22]
  assign MAINCTRL_io_HazardCheck_HazardEn_JUMP = HAZARD_io_CTRL_HazardEn_JUMP; // @[mainCtrl.scala 559:22]
endmodule